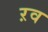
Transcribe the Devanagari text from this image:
ऱव